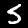
Label: 5